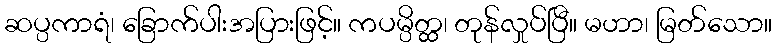
ဆပ္ပကာရံ၊ ခြောက်ပါးအပြားဖြင့်။ ကပမ္ပိတ္ထ၊ တုန်လှုပ်ပြီ။ မဟာ၊ မြတ်သော။